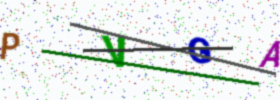
Text: PVGA